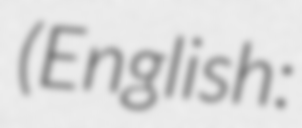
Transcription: (English: